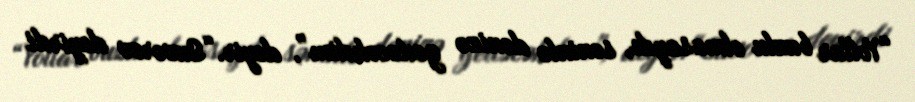
“Yollar buzlu olmasaydı, səninlə dənizə gedəcəkdim”, deyir.“Suvorov deyirdi